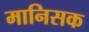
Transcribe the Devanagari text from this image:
मानिसक